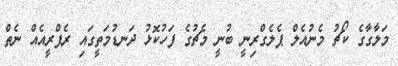
މަލާގާގެ ކޯޗު މެނުއެލް ޕެލެގްރިނީ ބުނީ މެޗުގެ ފަހުކޮޅު ދަނޑުމަތީގައި ރެފްރީއެއް ނެތް